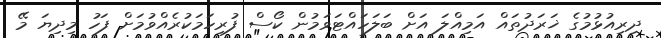
ދިރިއުޅުމުގެ ޚަރަދުތައް އަމިއްލަ އަށް ބަލަހައްޓަވަމުން ކޯސް ފުރިހަމަކުރެއްވުމަށް ފަހު މިދިޔަ މޭ